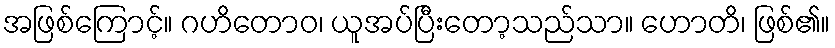
အဖြစ်ကြောင့်။ ဂဟိတောဝ၊ ယူအပ်ပြီးတော့သည်သာ။ ဟောတိ၊ ဖြစ်၏။